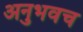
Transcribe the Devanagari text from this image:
अनुभवच